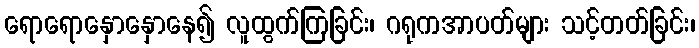
ရောရောနှောနှောနေ၍ လူထွက်ကြခြင်း၊ ဂရုကအာပတ်များ သင့်တတ်ခြင်း၊